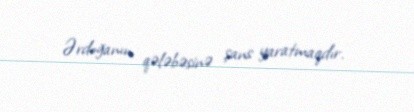
Ərdoğanın qələbəsinə şans yaratmaqdır.